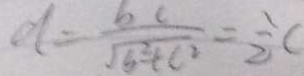
d = \frac { b 6 } { \sqrt { 6 ^ { 2 } + c ^ { 2 } } } = \frac { 1 } { 2 } C